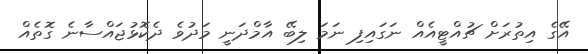
އޭގެ އިތުރަށް ޗުއްޓީއެއް ނަގައިފި ނަމަ ލިބޭ އާމްދަނީ މަދުވެ ދެކޮޅުޖައްސާނެ ގޮތެއް